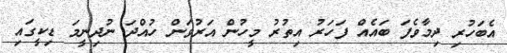
އެބަހުރި ދިމާވެފަ ބައެއް ފަހަރު އިތުރު މީހުން އަރުވަން ހުއްދަ ނުދިނީމަ ޑިކީގައި